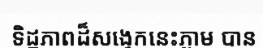
ទិដ្ឋភាពដ៏សង្វេកនេះភ្លាម បាន